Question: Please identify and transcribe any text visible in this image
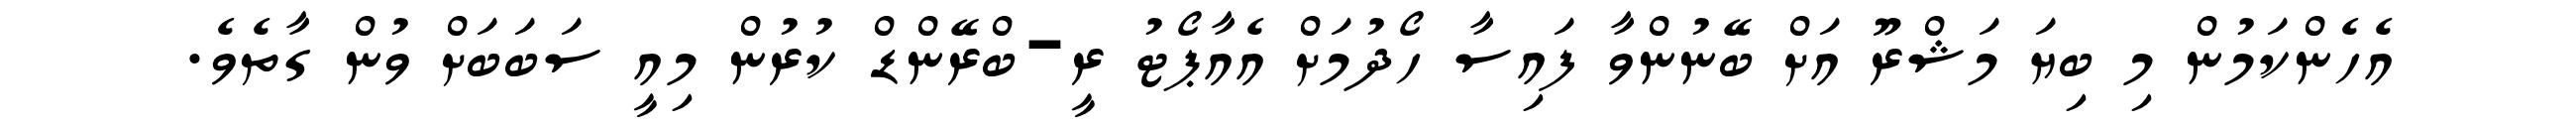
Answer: އެހެންކަމުން މި ބިޔަ މަޝްރޫ އަށް ބޭނުންވާ ފައިސާ ހޯދުމަށް އެއާޕޯޓު ރީ-ބްރޭންޑް ކުރުން މިއީ ސަބަބަށް ވުން ގާތެވެ.